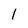
Character: 1